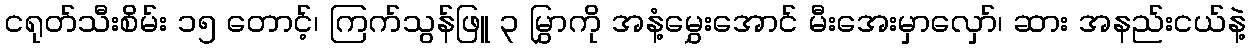
ငရုတ်သီးစိမ်း ၁၅ တောင့်၊ ကြက်သွန်ဖြူ ၃ မြွှာကို အနံ့မွှေးအောင် မီးအေးမှာလှော်၊ ဆား အနည်းငယ်နဲ့